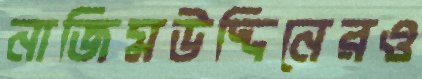
নাজিমউদ্দিনেরও